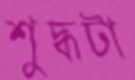
শুদ্ধটা